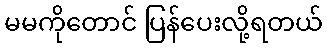
မမကိုတောင် ပြန်ပေးလို့ရတယ်